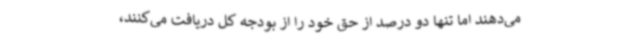
می‌دهند اما تنها دو درصد از حق خود را از بودجه کل دریافت می‌کنند،